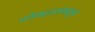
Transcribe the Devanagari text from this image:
प्रवेशद्वारांमधून